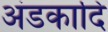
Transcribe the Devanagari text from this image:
अंडकादि